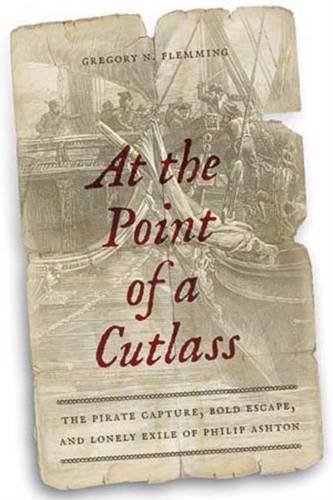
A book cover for At the Point of a Cutlass: The Pirate Capture, Bold Escape, and Lonely Exile of Philip Ashton; Gregory N. Flemming; Biographies & Memoirs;